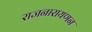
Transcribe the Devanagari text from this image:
राजनारायणन